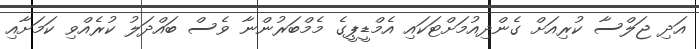
އަދި ޖަލްސާ ކުރިއަށް ގެންދިއުމަށްޓަކައި އެމްޑީޕީގެ މެމްބަރުންނާ ވެސް ބައްދަލު ކުރެއްވި ކަމަށާއި